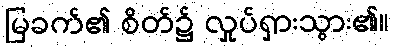
မြခက်၏ စိတ်၌ လှုပ်ရှားသွား၏။